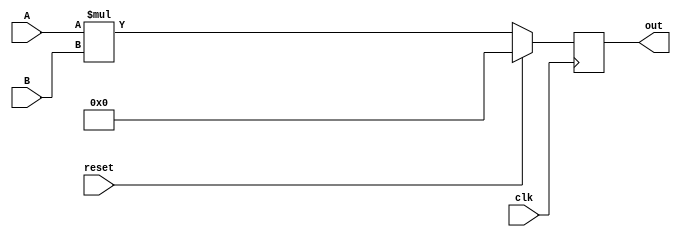
module multiply(input [7:0] A, input [7:0] B, input clk, input reset, output [7:0] out);
	reg [7:0] result;
	assign out = result;
	always @(posedge clk) begin
		if(reset) begin
			result <= 0;
		end
		else begin
			result <= A * B;
		end
	end
endmodule